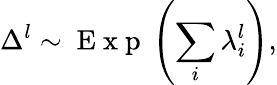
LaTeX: \Delta^{l}\sim\mathrm{~E~x~p~}\left(\sum_{i}\lambda_{i}^{l}\right),